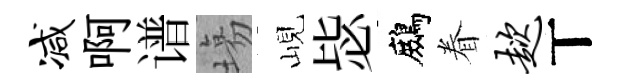
减啊谱塲峴毖鷓眷趑丅